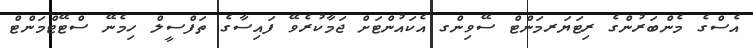
އެސްގެ މެންބަރުންގެ ރިޓަޔަރމަންޓް ސޭވިންގ އެކައުންޓަށް ޖަމާކުރެވޭ ފައިސާގެ ތަފްސީލް ހިމެނޭ ސްޓޭޓްމަންޓް